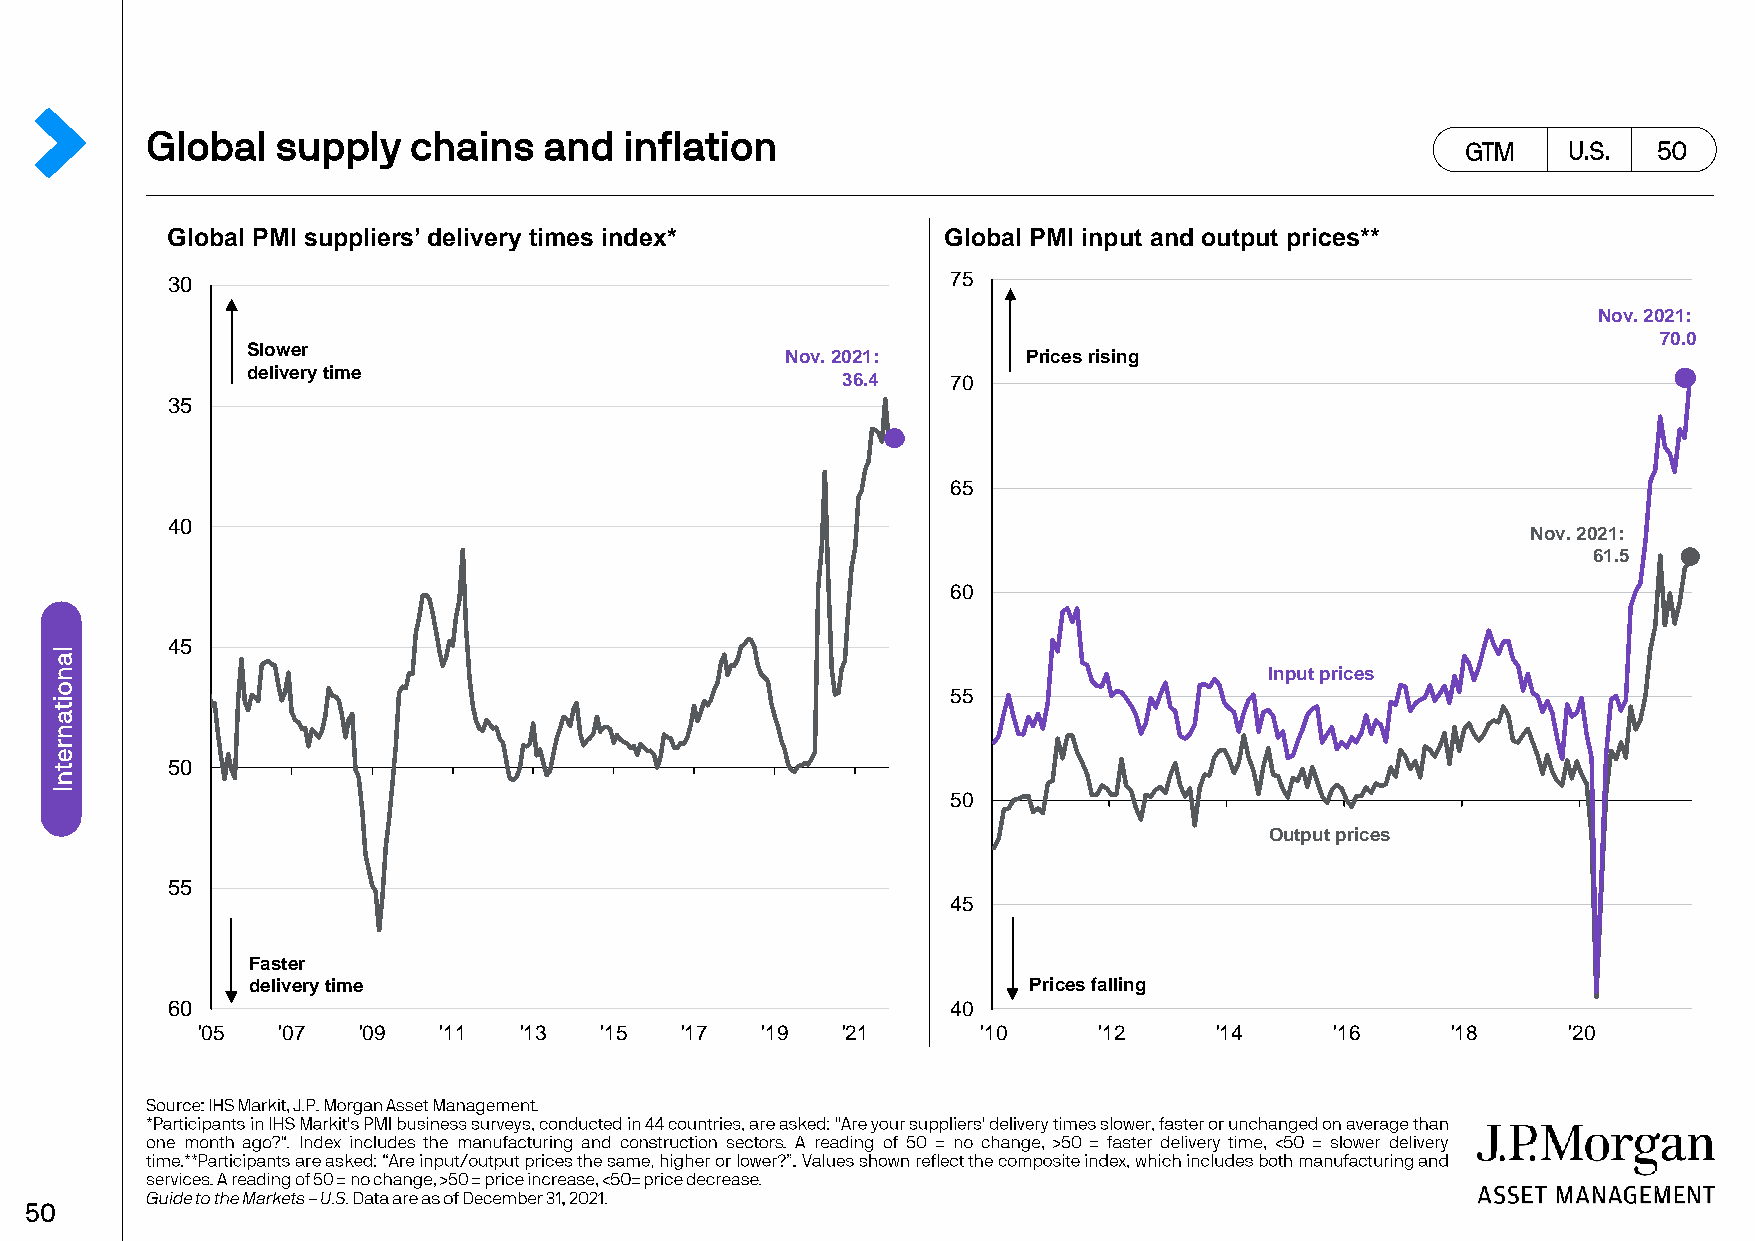
Global PMI suppliers’ delivery times index*        Global PMI input and output prices**
 30                                                  75
 Nov. 2021:
 70.0
 Slower
 Nov. 2021:      Prices rising
 delivery time
 36.4   70
 35
 65
 40
 Nov.2021:
 61.5
 60
 45
 Input prices
 55
 50
 50
 Output prices
 55
 45
 Faster
 delivery time                                       Prices falling
 60                                                  40
 '05  '07   '09  '11  '13   '15  '17  '19   '21      '10     '12    '14     '16     '18     '20